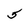
Character: 5